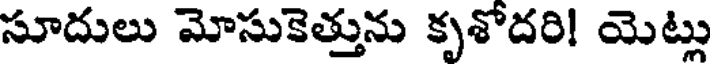
సూదులు మోసుకెత్తును కృశోదరి! యెట్లు